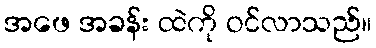
အဖေ အခန်း ထဲကို ဝင်လာသည်။